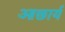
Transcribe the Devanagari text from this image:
आछार्य